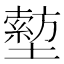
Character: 𡒙